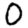
Digit: 0